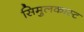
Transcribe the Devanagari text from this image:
सिमुलकास्ट